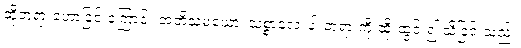
ထိုတရားဟောခြင်းကြောင့်။ အဘိသမယော၊ သစ္စာလေးပါးတရားကို ထိုးထွင်း၍ သိခြင်းသည်။